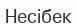
Несібек